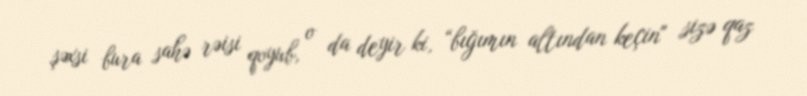
şəxsi bura sahə rəisi qoyub, o da deyir ki, “bığımın altından keçin" sizə qaz